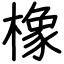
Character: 橡